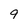
Character: 9